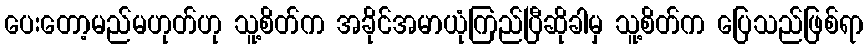
ပေးတော့မည်မဟုတ်ဟု သူ့စိတ်က အခိုင်အမာယုံကြည်ပြီဆိုခါမှ သူ့စိတ်က ပြေသည်ဖြစ်ရာ